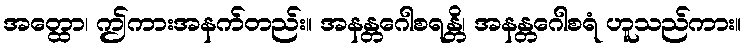
အတ္ထော၊ ဤကားအနက်တည်း။ အနန္တဂေါစရန္တိ၊ အနန္တဂေါစရံ ဟူသည်ကား။